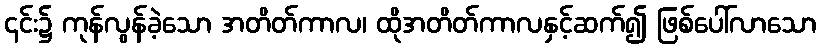
၎င်း၌ ကုန်လွန်ခဲ့သော အတိတ်ကာလ၊ ထိုအတိတ်ကာလနှင့်ဆက်၍ ဖြစ်ပေါ်လာသော